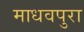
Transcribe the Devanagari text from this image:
माधवपुरा